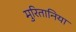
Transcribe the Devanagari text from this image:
मुरितानिया